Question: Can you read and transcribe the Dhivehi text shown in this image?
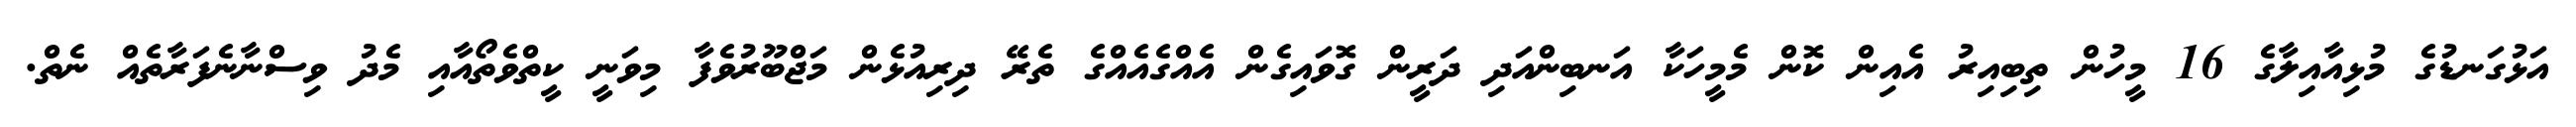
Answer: އަޅުގަނޑުގެ މުޅިއާއިލާގެ 16 މީހުން ތިބިއިރު އެއިން ކޮން މެމީހަކާ އަނބިންއަދި ދަރީން ގޮވައިގެން އެއްގެއެއްގެ ތެރޭ ދިރިއުޅެން މަޖްބޫރުވެފާ މިވަނީ ކީތްވެތޯއާއި މެދު ވިސްނާނެފަރާތެއް ނެތް.